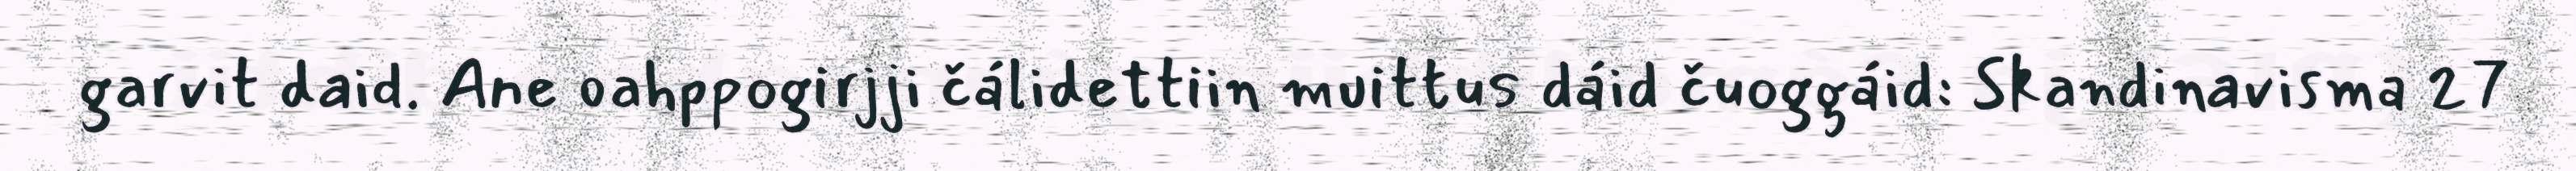
garvit daid. Ane oahppogirjji čálidettiin muittus dáid čuoggáid: Skandinavisma 27